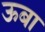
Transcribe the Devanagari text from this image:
ऊबा